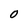
Character: 0